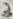
Text: 3